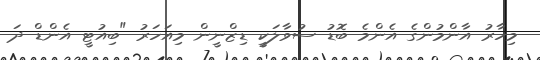
މިހާރު އާންމުންގެ އެންމެ ބޮޑު ސުވާލަކީ ޑިޒްނީން މިއަހަރު "ބިއުޓީ އެންޑް ދަ